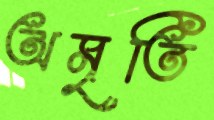
অমৃতি